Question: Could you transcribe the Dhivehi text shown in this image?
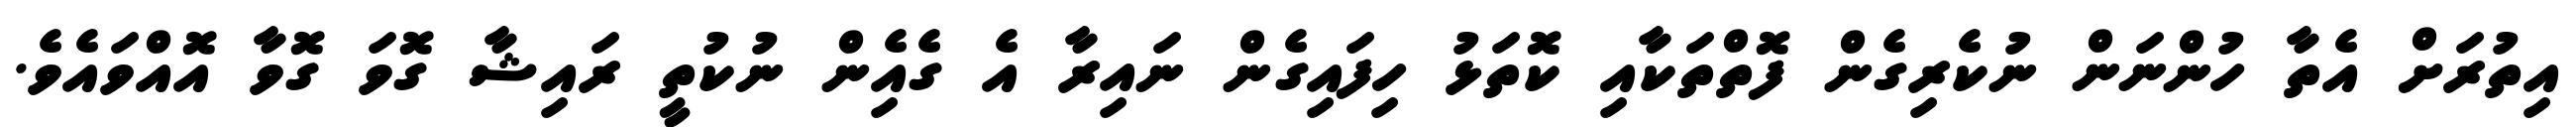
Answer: އިތުރަށް އެތާ ހުންނަން ނުކެރިގެން ފޮތްތަކާއި ކޮތަޅު ހިފައިގެން ނައިރާ އެ ގެއެިން ނުކުތީ ރައިޝާ ގޮވަ ގޮވާ އޮއްވައެވެ.